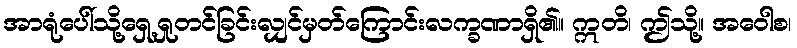
အာရုံပေါ်သို့ရှေ့ရှုတင်ခြင်းလျှင်မှတ်ကြောင်းလက္ခဏာရှိ၏။ ဣတိ၊ ဤသို့။ အဝေါစ၊